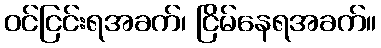
ဝင်ငြင်းရအခက်၊ ငြိမ်နေရအခက်။